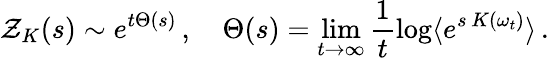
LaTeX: \mathcal{Z}_{K}(s)\sim e^{t\Theta(s)}\, ,\quad\Theta(s)=\operatorname*{lim}_{t\to\infty}\frac{1}{t}\log\langle e^{s\, K(\omega_{t})}\rangle\, .